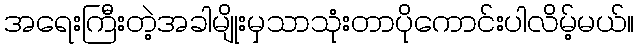
အရေးကြီးတဲ့အခါမျိုးမှသာသုံးတာပိုကောင်းပါလိမ့်မယ်။